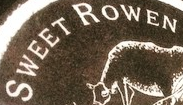
SWEET ROWEN